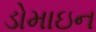
ડોમાઇન